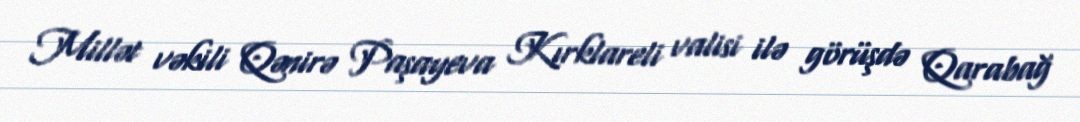
Millət vəkili Qənirə Paşayeva Kırklareli valisi ilə görüşdə Qarabağ